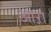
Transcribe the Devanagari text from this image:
आऱा